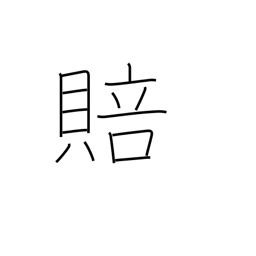
Meaning: compensation